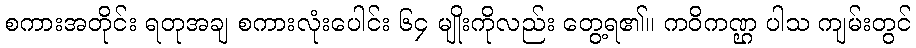
စကားအတိုင်း ရတုအချ စကားလုံးပေါင်း ၆၄ မျိုးကိုလည်း တွေ့ရ၏။ ကဝိကဏ္ဌ ပါသ ကျမ်းတွင်